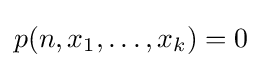
p(n,x_{1},\ldots ,x_{k})=0